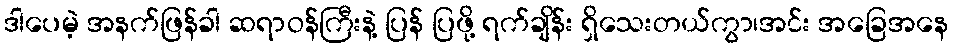
ဒါပေမဲ့ အနက်ဖြန်ခါ ဆရာဝန်ကြီးနဲ့ ပြန် ပြဖို့ ရက်ချိန်း ရှိသေးတယ်ကွာ၊အင်း အခြေအနေ